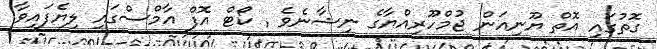
ގޮތުގައި އޮތް ޔޫނިއަން ޖުމްހޫރިއްޔާގެ ނިޝާނެވެ